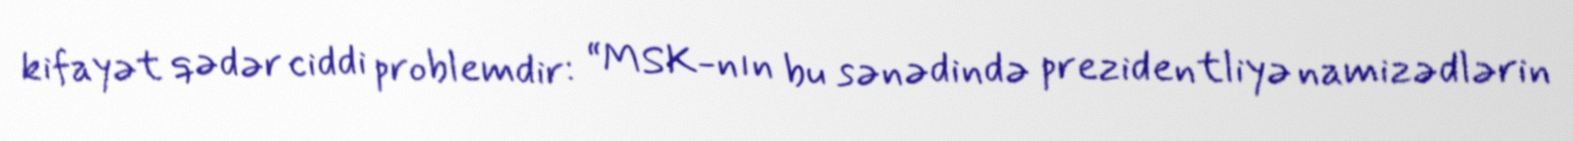
kifayət qədər ciddi problemdir: “MSK-nın bu sənədində prezidentliyə namizədlərin